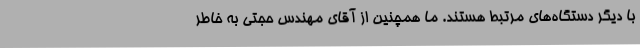
با دیگر دستگاه‌های مرتبط هستند. ما همچنین از آقای مهندس حجتی به خاطر